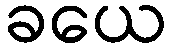
ခယေ